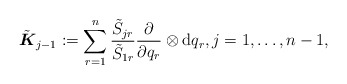
\begin{align*}\tilde{\boldsymbol{K}}_{j-1}:=\sum_{r=1}^n\frac{ \tilde{S}_{jr}}{ \tilde{S}_{1r}} \frac{\partial}{\partial q_r}\otimes \mathrm{d} q_r, j=1,\ldots,n-1 ,\end{align*}